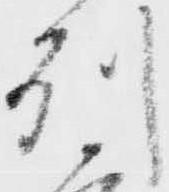
州